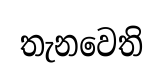
තැනවෙති